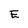
Character: E